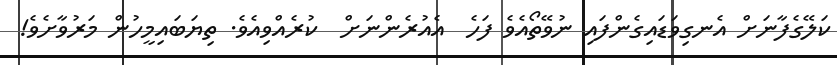
ކަލޭގެފާނަށް އެނގިވަޑައިގެންފައި ނުވޭތޯއެވެ ފަހެ  އެއުރެންނަށް  ކުރެއްވިއެވެ. ތިޔަބައިމީހުން މަރުވާށެވެ!